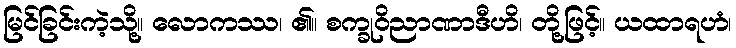
မြင်ခြင်းကဲ့သို့။ လောကဿ၊ ၏။ စက္ခုဝိညာဏာဒီဟိ၊ တို့ဖြင့်။ ယထာရဟံ၊